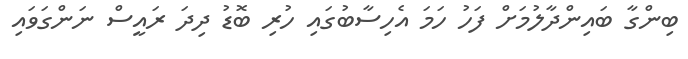
ބިންގާ ބައިންދާލުމަށް ފަހު ހަމަ އެހިސާބުގައި ހުރި ބޮޑު ދިދަ ރައީސް ނަންގަވައި